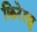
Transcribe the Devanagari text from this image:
किरेत्सु